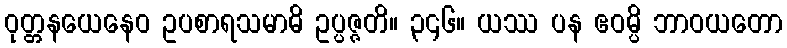
ဝုတ္တနယေနေဝ ဥပစာရသမာဓိ ဥပ္ပဇ္ဇတိ။ ၃၄၆။ ယဿ ပန ဧဝမ္ပိ ဘာဝယတော